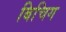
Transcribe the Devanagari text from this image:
बिचिग